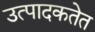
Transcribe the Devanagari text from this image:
उत्पादकतेत